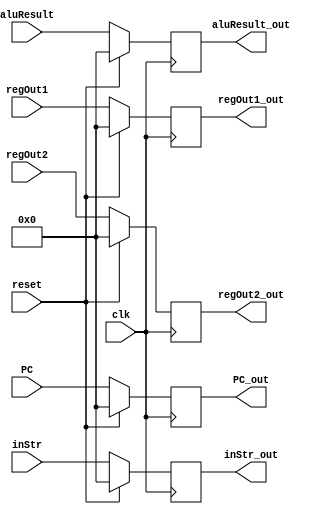
`timescale 1ns / 1ps

module Mreg(
  input clk,
  input reset,

  input [31:0] PC,
  input [31:0] inStr,

  input [31:0] aluResult,
  input [31:0] regOut1,
  input [31:0] regOut2,

  output reg [31:0] PC_out,
  output reg [31:0] inStr_out,

  output reg [31:0] aluResult_out,
  output reg [31:0] regOut1_out,
  output reg [31:0] regOut2_out
    );

always @(posedge clk) begin
  if(reset==1) begin
    PC_out<=0;
    inStr_out<=0;
    aluResult_out<=0;
    regOut1_out<=0;
    regOut2_out<=0;
  end

  else begin
    PC_out<=PC;
    inStr_out<=inStr;

    aluResult_out<=aluResult;
    regOut1_out<=regOut1;
    regOut2_out<=regOut2;
  end
end

endmodule